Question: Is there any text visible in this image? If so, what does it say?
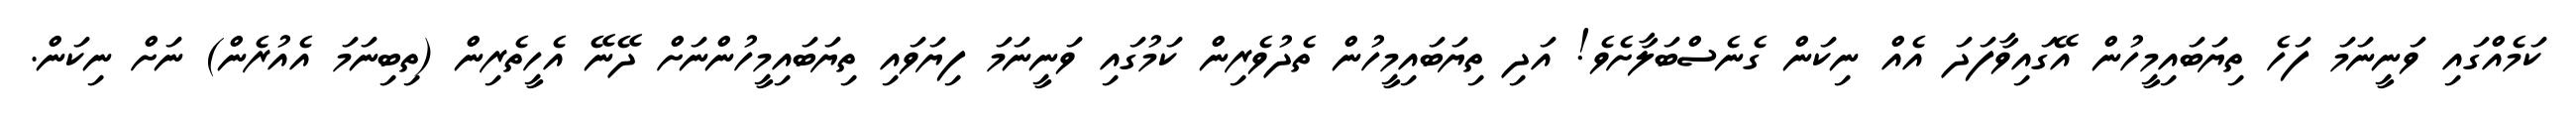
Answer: ކަމެއްގައި ވަނީނަމަ ފަހެ ތިޔަބައިމީހުން އޭގައިވާފަދަ އެއް ނިކަން ގެނެސްބަލާށެވެ! އަދި ތިޔަބައިމީހުން ތެދުވެރިން ކަމުގައި ވަނީނަމަ ފިޔަވައި ތިޔަބައިމީހުންނަށް ދޭނޭ އެހީތެރިން (ތިބިނަމަ އެއުރެން) ނަށް ނިކަން.